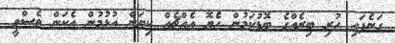
ގަނެފައި ހުރި ބިރެއްގެ ބޮޑުކަމުން ހެޔޮ އެއްޗެއް ކިޔަން އުޅުމުން އެކަން ވެސްވީ